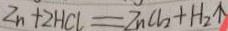
Z n + 2 H C l = Z n C l _ { 2 } + H _ { 2 } \uparrow